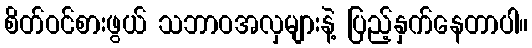
စိတ်ဝင်စားဖွယ် သဘာဝအလှများနဲ့ ပြည့်နှက်နေတာပါ။